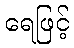
ရေဖြင့်